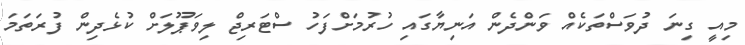
މިއީ ގިނަ ދުވަސްތަކެއް ވަންދެން އަނިޔާގައި ހުރުމަށްފަހު ސްޓަރިޖް ލިވަޕޫލަށް ކުޅެދިން ފުރަތަމަ